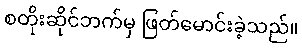
စတိုးဆိုင်ဘက်မှ ဖြတ်မောင်းခဲ့သည်။